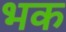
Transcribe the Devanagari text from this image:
भक